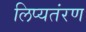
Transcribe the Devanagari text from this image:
लिप्यतंरण